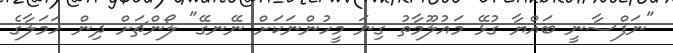
"ނަފްސާނީ ބައްޔާ ގުޅޭ މައުލޫމާތު ގިނަ މީހުންނަކަށް ނޭނގޭ" ލޯންޗަށް ދިން ހަމަލާގެ